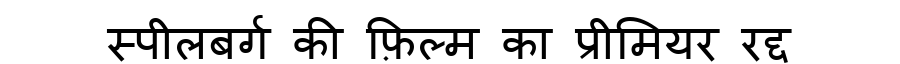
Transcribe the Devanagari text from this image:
स्पीलबर्ग की फ़िल्म का प्रीमियर रद्द